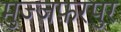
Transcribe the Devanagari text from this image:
मुज्जफ़रपुर